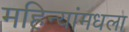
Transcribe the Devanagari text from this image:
महिन्यांमधला